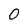
Character: 0